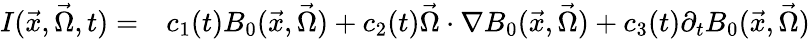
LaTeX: \begin{array}{rl}{I(\vec{x},\vec{\Omega},t)=}&{{}c_{1}(t)B_{0}(\vec{x},\vec{\Omega})+c_{2}(t)\vec{\Omega}\cdot\nabla B_{0}(\vec{x},\vec{\Omega})+c_{3}(t)\partial_{t}B_{0}(\vec{x},\vec{\Omega})}\end{array}